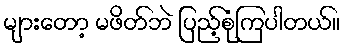
များတော့ မဖိတ်ဘဲ ပြည့်စုံကြပါတယ်။